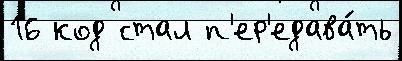
16 код стал п'ер'едава́ть